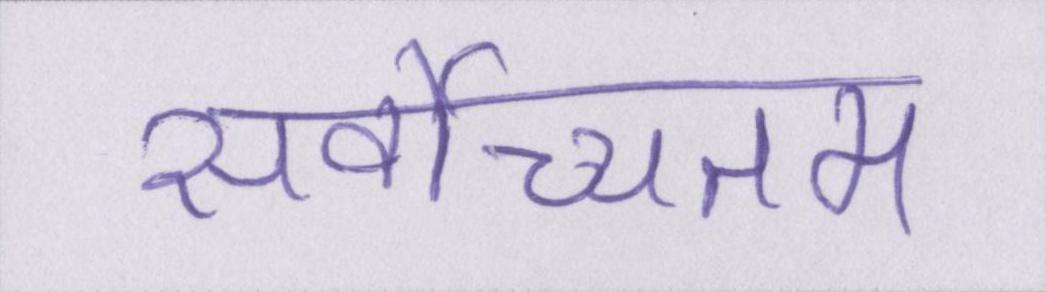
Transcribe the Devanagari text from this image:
सर्वोच्चतम